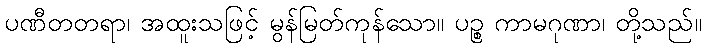
ပဏီတတရာ၊ အထူးသဖြင့် မွန်မြတ်ကုန်သော။ ပဉ္စ ကာမဂုဏာ၊ တို့သည်။